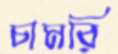
চামরি